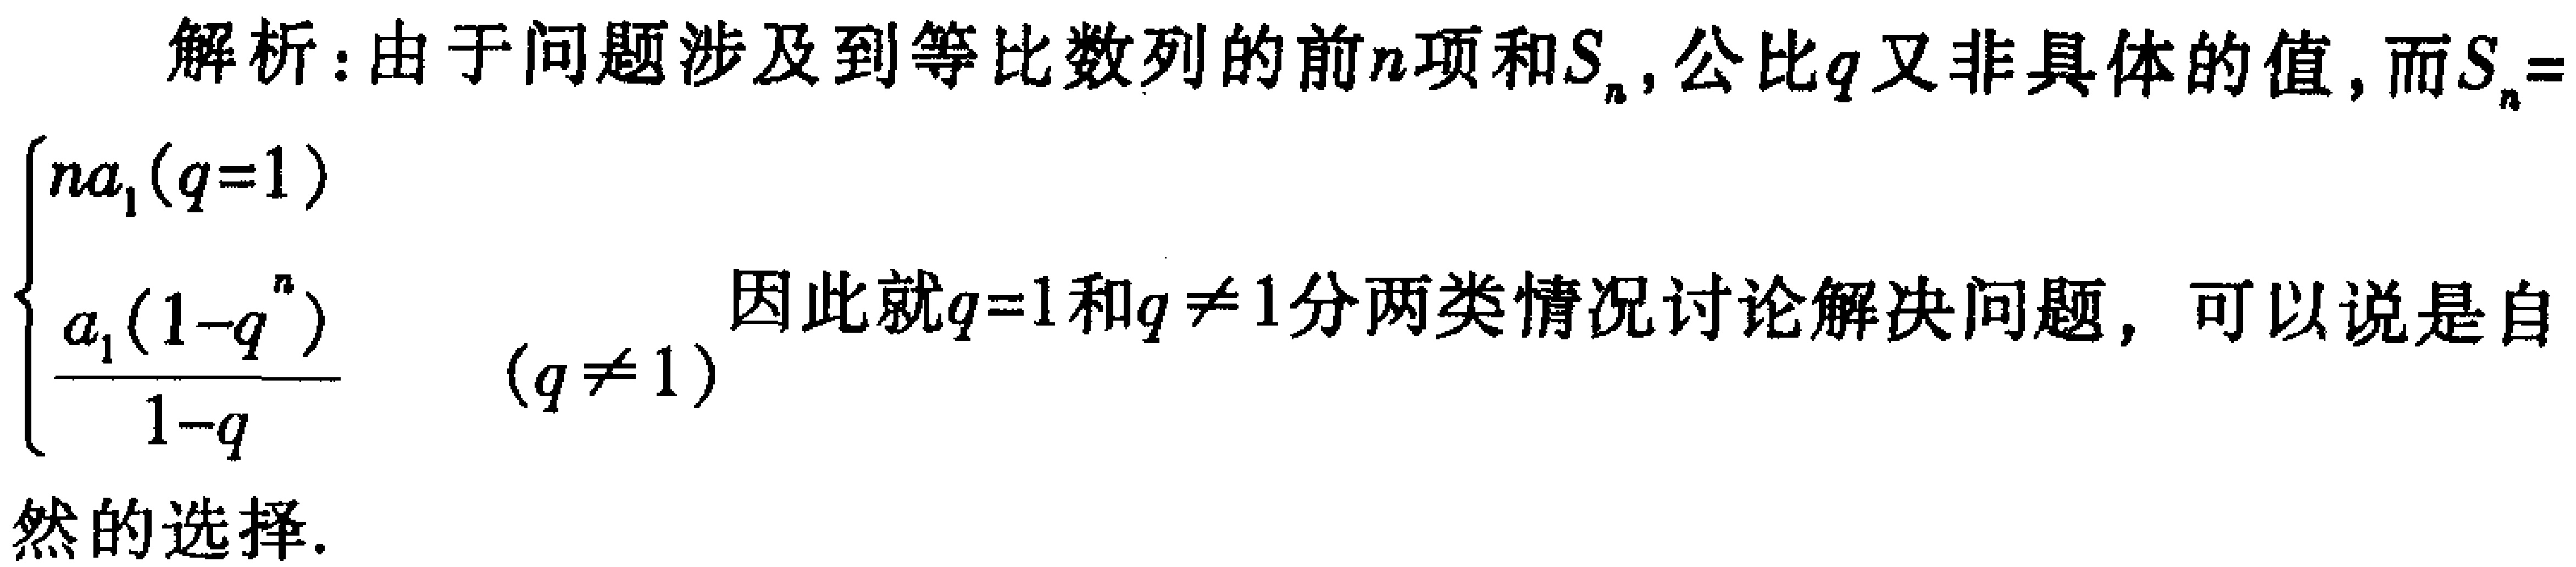
解析：由于问题涉及到等比数列的前\(n\)项和\(S_{n}\)，公比\(q\)又非具体的值，而\(S_{n}=
\begin{cases}
na_{1}(q = 1)\\
\frac{a_{1}(1 - q^{n})}{1 - q} (q\neq 1)
\end{cases}\)
因此就\(q = 1\)和\(q\neq 1\)分两类情况讨论解决问题，可以说是自然的选择.